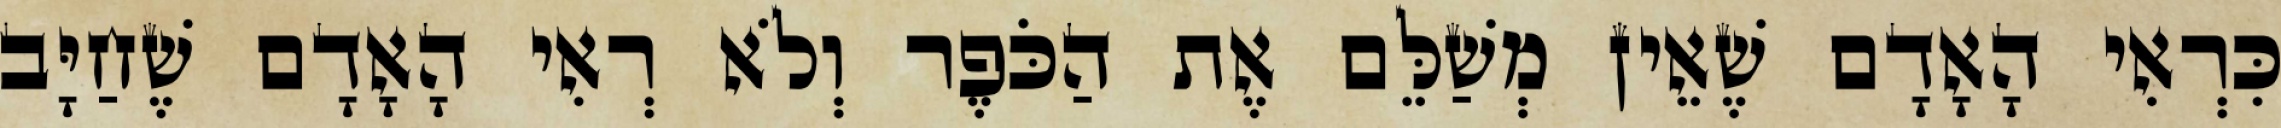
כִּרְאִי הָאָדָם שֶׁאֵין מְשַׁלֵּם אֶת הַכֹּפֶר וְלֹא רְאִי הָאָדָם שֶׁחַיָּב